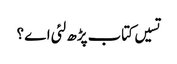
تسیں کتاب پڑھ لئی اے ؟